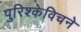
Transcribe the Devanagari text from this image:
पुरिश्केविचने